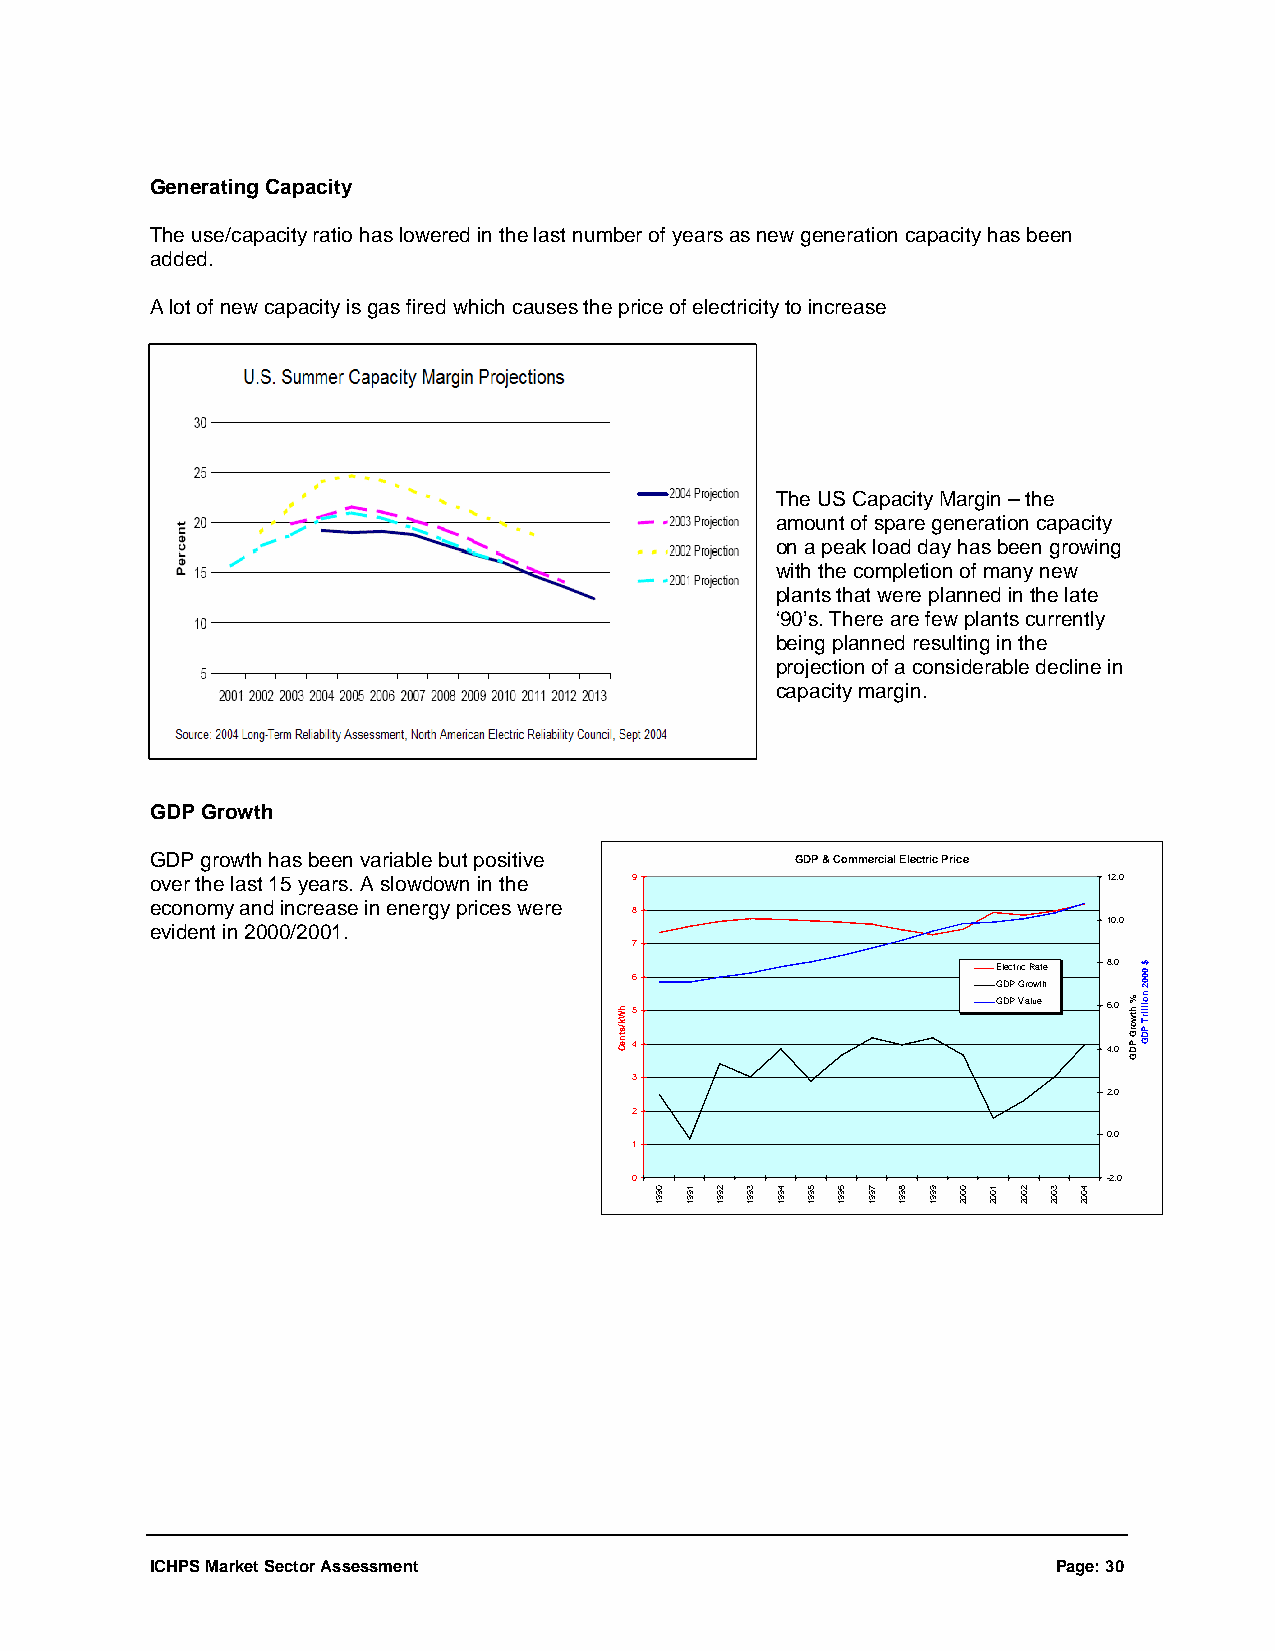
Generating Capacity
 The use/capacity ratio has lowered in the last number of years as new generation capacity has been
 added.
 A lot of new capacity is gas fired which causes the price of electricity to increase
 The US Capacity Margin – the
 amount of spare generation capacity
 on a peak load day has been growing
 with the completion of many new
 plants that were planned in the late
 ‘90’s. There are few plants currently
 being planned resulting in the
 projection of a considerable decline in
 capacity margin.
 GDP Growth
 GDP growth has been variable but positive  GDP & Commercial Electric Price
 over the last 15 years. A slowdown in the 9                    12.0
 economy and increase in energy prices were
 8
 10.0
 evident in 2000/2001.
 7
 Electric Rate 8.0 6
 GDP Growth
 5                       GDP Value 6.0
 4                              4.0
 3
 2.0
 2
 0.0
 1
 0                              -2.0
 ICHPS Market Sector Assessment                              Page: 30
 hWk/stneC
 0991 1991 2991 3991 4991 5991 6991 7991 8991 9991 0002 1002 2002 3002 4002
 % htworG
 PDG
 $ 0002
 noillirT
 PDG